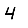
Digit: 4